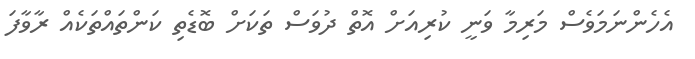
އެހެންނަމަވެސް މަރިމާ ވަނީ ކުރިއަށް އޮތް ދުވަސް ތަކަށް ބޮޑެތި ކަންތައްތަކެއް ރާވާފަ